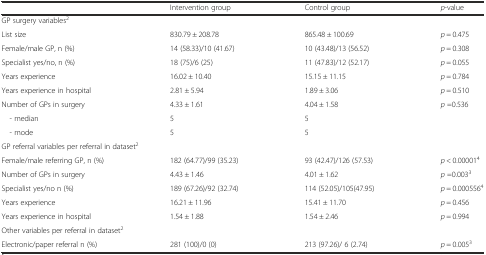
|  | Intervention group | Control group | p-value |
 | --- | --- | --- | --- |
 | <COLSPAN=4> GP surgery variables2 |
 | List size | 830.79 ± 208.78 | 865.48 ± 100.69 | p = 0.475 |
 | Female/male GP, n (%) | 14 (58.33)/10 (41.67) | 10 (43.48)/13 (56.52) | p = 0.308 |
 | Specialist yes/no, n (%) | 18 (75)/6 (25) | 11 (47.83)/12 (52.17) | p = 0.055 |
 | Years experience | 16.02 ± 10.40 | 15.15 ± 11.15 | p = 0.784 |
 | Years experience in hospital | 2.81 ± 5.94 | 1.89 ± 3.06 | p = 0.510 |
 | Number of GPs in surgery | 4.33 ± 1.61 | 4.04 ± 1.58 | p =0.536 |
 | - median | 5 | 5 |  |
 | - mode | 5 | 5 |  |
 | <COLSPAN=4> GP referral variables per referral in dataset2 |
 | Female/male referring GP, n (%) | 182 (64.77)/99 (35.23) | 93 (42.47)/126 (57.53) | p < 0.000014 |
 | Number of GPs in surgery | 4.43 ± 1.46 | 4.01 ± 1.62 | p =0.0033 |
 | Specialist yes/no n (%) | 189 (67.26)/92 (32.74) | 114 (52.05)/105(47.95) | p = 0.0005564 |
 | Years experience | 16.21 ± 11.96 | 15.41 ± 11.70 | p = 0.456 |
 | Years experience in hospital | 1.54 ± 1.88 | 1.54 ± 2.46 | p = 0.994 |
 | <COLSPAN=4> Other variables per referral in dataset2 |
 | Electronic/paper referral n (%) | 281 (100)/0 (0) | 213 (97.26)/ 6 (2.74) | p = 0.0053 |